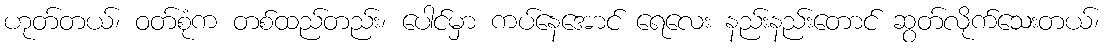
ဟုတ်တယ်၊ ဝတ်စုံက တစ်ထည်တည်း၊ ပေါင်မှာ ကပ်နေအောင် ရေလေး နည်းနည်းတောင် ဆွတ်လိုက်သေးတယ်၊